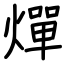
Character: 燀